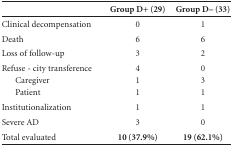
<table><thead><tr><td><b> </b></td><td><b>Group D+ (29)</b></td><td><b>Group D- (33)</b></td></tr></thead><tbody><tr><td>Clinical decompensation</td><td>0</td><td>1</td></tr><tr><td>Death</td><td>6</td><td>6</td></tr><tr><td>Loss of follow-up</td><td>3</td><td>2</td></tr><tr><td>Refuse - city transferenceCaregiverPatient</td><td>4 1 1</td><td>0 3 1</td></tr><tr><td>Institutionalization</td><td>1</td><td>1</td></tr><tr><td>Severe AD</td><td>3</td><td>0</td></tr><tr><td>Total evaluated</td><td><b>10 (37.9%)</b></td><td><b>19 (62.1%)</b></td></tr></tbody></table>